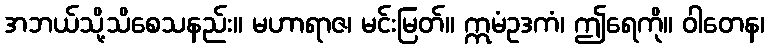
အဘယ်သို့သိစေသနည်း။ မဟာရာဇ၊ မင်းမြတ်။ ဣမံဥဒကံ၊ ဤရေကို။ ဝါတေန၊